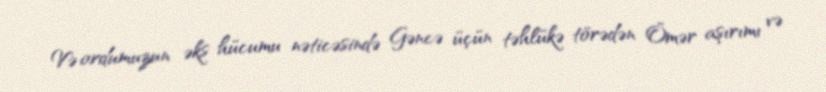
Və ordumuzun əks hücumu nəticəsində Gəncə üçün təhlükə törədən Ömər aşırımı və